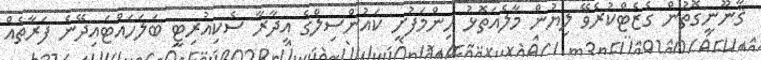
ޤާނޫނީގޮތުން ގެޒެޓްކުރެވޭ ލިޔުން މާލެއަތޮޅު ހިންމަފުށީ ކައުންސިލްގެ އިދާރާ ސެކިއުރިޓީ ބަލަހައްޓައިދޭނެ ފަރާތެއް